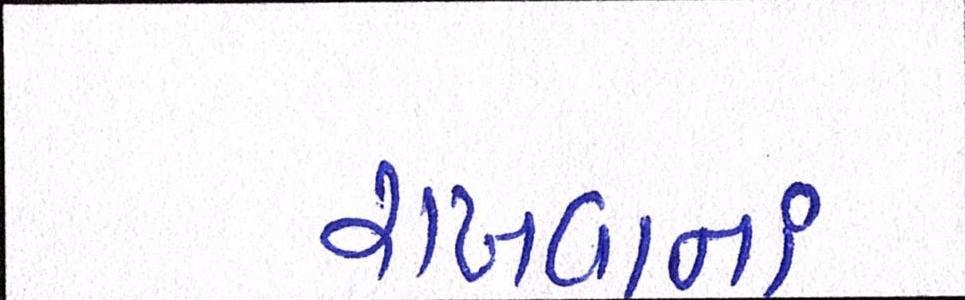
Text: રાખવાનાં